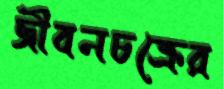
জীবনচক্রের